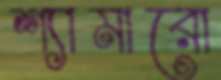
শ্যামারো